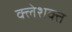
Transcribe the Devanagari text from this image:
क्लेशक्त